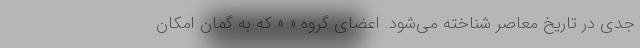
جدی در تاریخ معاصر شناخته می‌شود. اعضای گروه « » که به گمان امکان